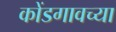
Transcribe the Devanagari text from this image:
कोंडगावच्या